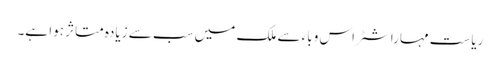
ریاست مہاراشٹر اس وباء سے ملک میں سب سے زیادہ متاثر ہوا ہے۔